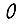
Digit: 0